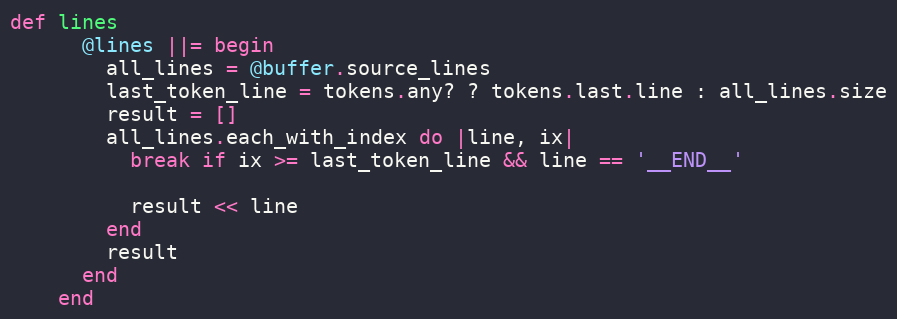
Language: Ruby
def lines
      @lines ||= begin
        all_lines = @buffer.source_lines
        last_token_line = tokens.any? ? tokens.last.line : all_lines.size
        result = []
        all_lines.each_with_index do |line, ix|
          break if ix >= last_token_line && line == '__END__'

          result << line
        end
        result
      end
    end